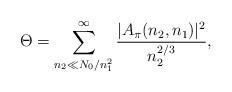
LaTeX: \begin{align*}\Theta = \sum_{n_{2}\ll N_0/n^2_1}^{\infty} \frac{|A_{\pi}(n_{2},n_{1})|^2}{ n^{2/3}_{2}},\end{align*}